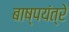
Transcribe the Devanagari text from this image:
बाष्पयंत्रे